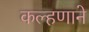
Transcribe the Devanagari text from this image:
कल्हणाने